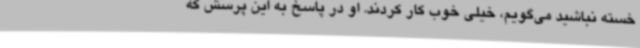
خسته نباشید می‌گویم، خیلی خوب کار کردند. او در پاسخ به این پرسش که